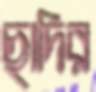
ছাদির